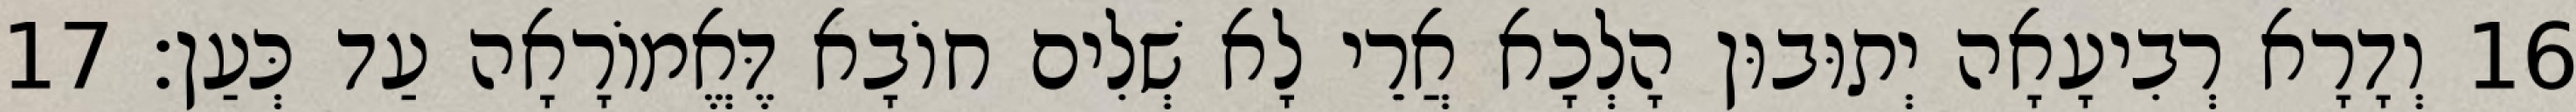
16 וְדָרָא רְבִיעָאָה יְתוּבוּן הָלְכָא אֲרֵי לָא שְׁלִים חוֹבָא דֶּאֱמוֹרָאָה עַד כְּעַן׃ 17